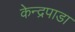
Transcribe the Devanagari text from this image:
केन्द्रपाडा